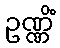
ဥဏ္ဏိံ